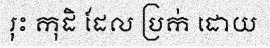
រុះ កុដិ ដែល ប្រក់ ដោយ